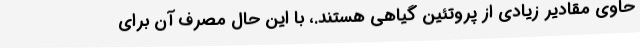
حاوی مقادیر زیادی از پروتئین گیاهی هستند.، با این حال مصرف آن برای